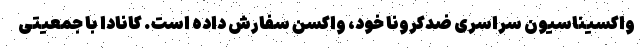
واکسیناسیون سراسری ضدکرونا خود، واکسن سفارش داده است. کانادا با جمعیتی